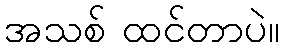
အသစ် ထင်တာပဲ။